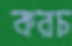
করচ